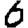
Digit: 6